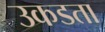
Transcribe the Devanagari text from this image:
उकडता